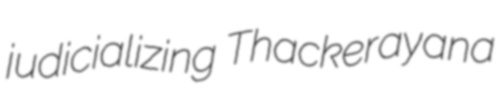
judicializing Thackerayana